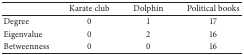
<table><thead><tr><td>[EMPTY_CELL]</td><td><b> Karate club </b></td><td><b> Dolphin </b></td><td><b>Political books</b></td></tr></thead><tbody><tr><td>Degree </td><td> 0 </td><td> 1 </td><td> 17</td></tr><tr><td>Eigenvalue </td><td> 0 </td><td> 2 </td><td> 16</td></tr><tr><td>Betweenness </td><td> 0 </td><td> 0 </td><td> 16</td></tr></tbody></table>